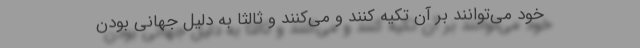
خود می‌توانند بر آن تکیه کنند و می‌کنند و ثالثا به دلیل جهانی بودن